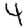
Digit: 4